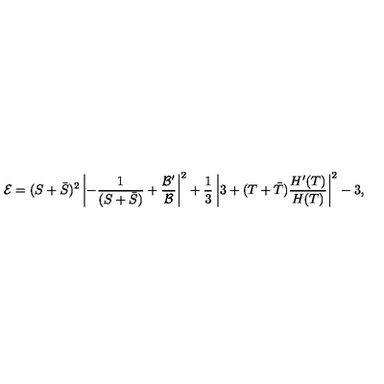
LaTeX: { \cal E } = ( S + { \bar { S } } ) ^ { 2 } \left| - \frac { 1 } { ( S + { \bar { S } } ) } + \frac { { \cal B } ^ { \prime } } { \cal B } \right| ^ { 2 } + \frac { 1 } { 3 } \left| 3 + ( T + { \bar { T } } ) \frac { H ^ { \prime } ( T ) } { H ( T ) } \right| ^ { 2 } - 3 ,